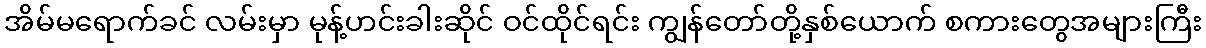
အိမ်မရောက်ခင် လမ်းမှာ မုန့်ဟင်းခါးဆိုင် ဝင်ထိုင်ရင်း ကျွန်တော်တို့နှစ်ယောက် စကားတွေအများကြီး